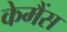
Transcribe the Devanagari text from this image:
केमैंस